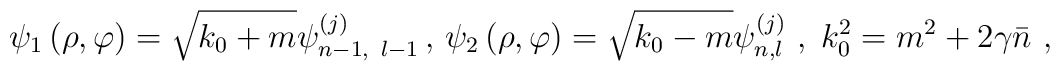
\psi _{1}\left( \rho ,\varphi \right) =\sqrt{k_{0}+m}\psi_{n-1,\,\,\,l-1}^{\left( j\right) }\,,\,\psi _{2}\left( \rho ,\varphi\right) =\sqrt{k_{0}-m}\psi _{n,l}^{\left( j\right)}\,\,,\;k_{0}^{2}=m^{2}+2\gamma \bar{n}\,\,,